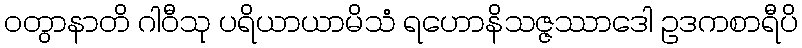
ဝတွာနာတိ ဂါဝီသု ပရိယာယာမိသံ ရဟောနိသဇ္ဇဿာဒေါ ဥဒကစာရီပိ